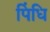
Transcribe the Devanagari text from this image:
पिंधि